Juuru_vallavalitsus, lk 18
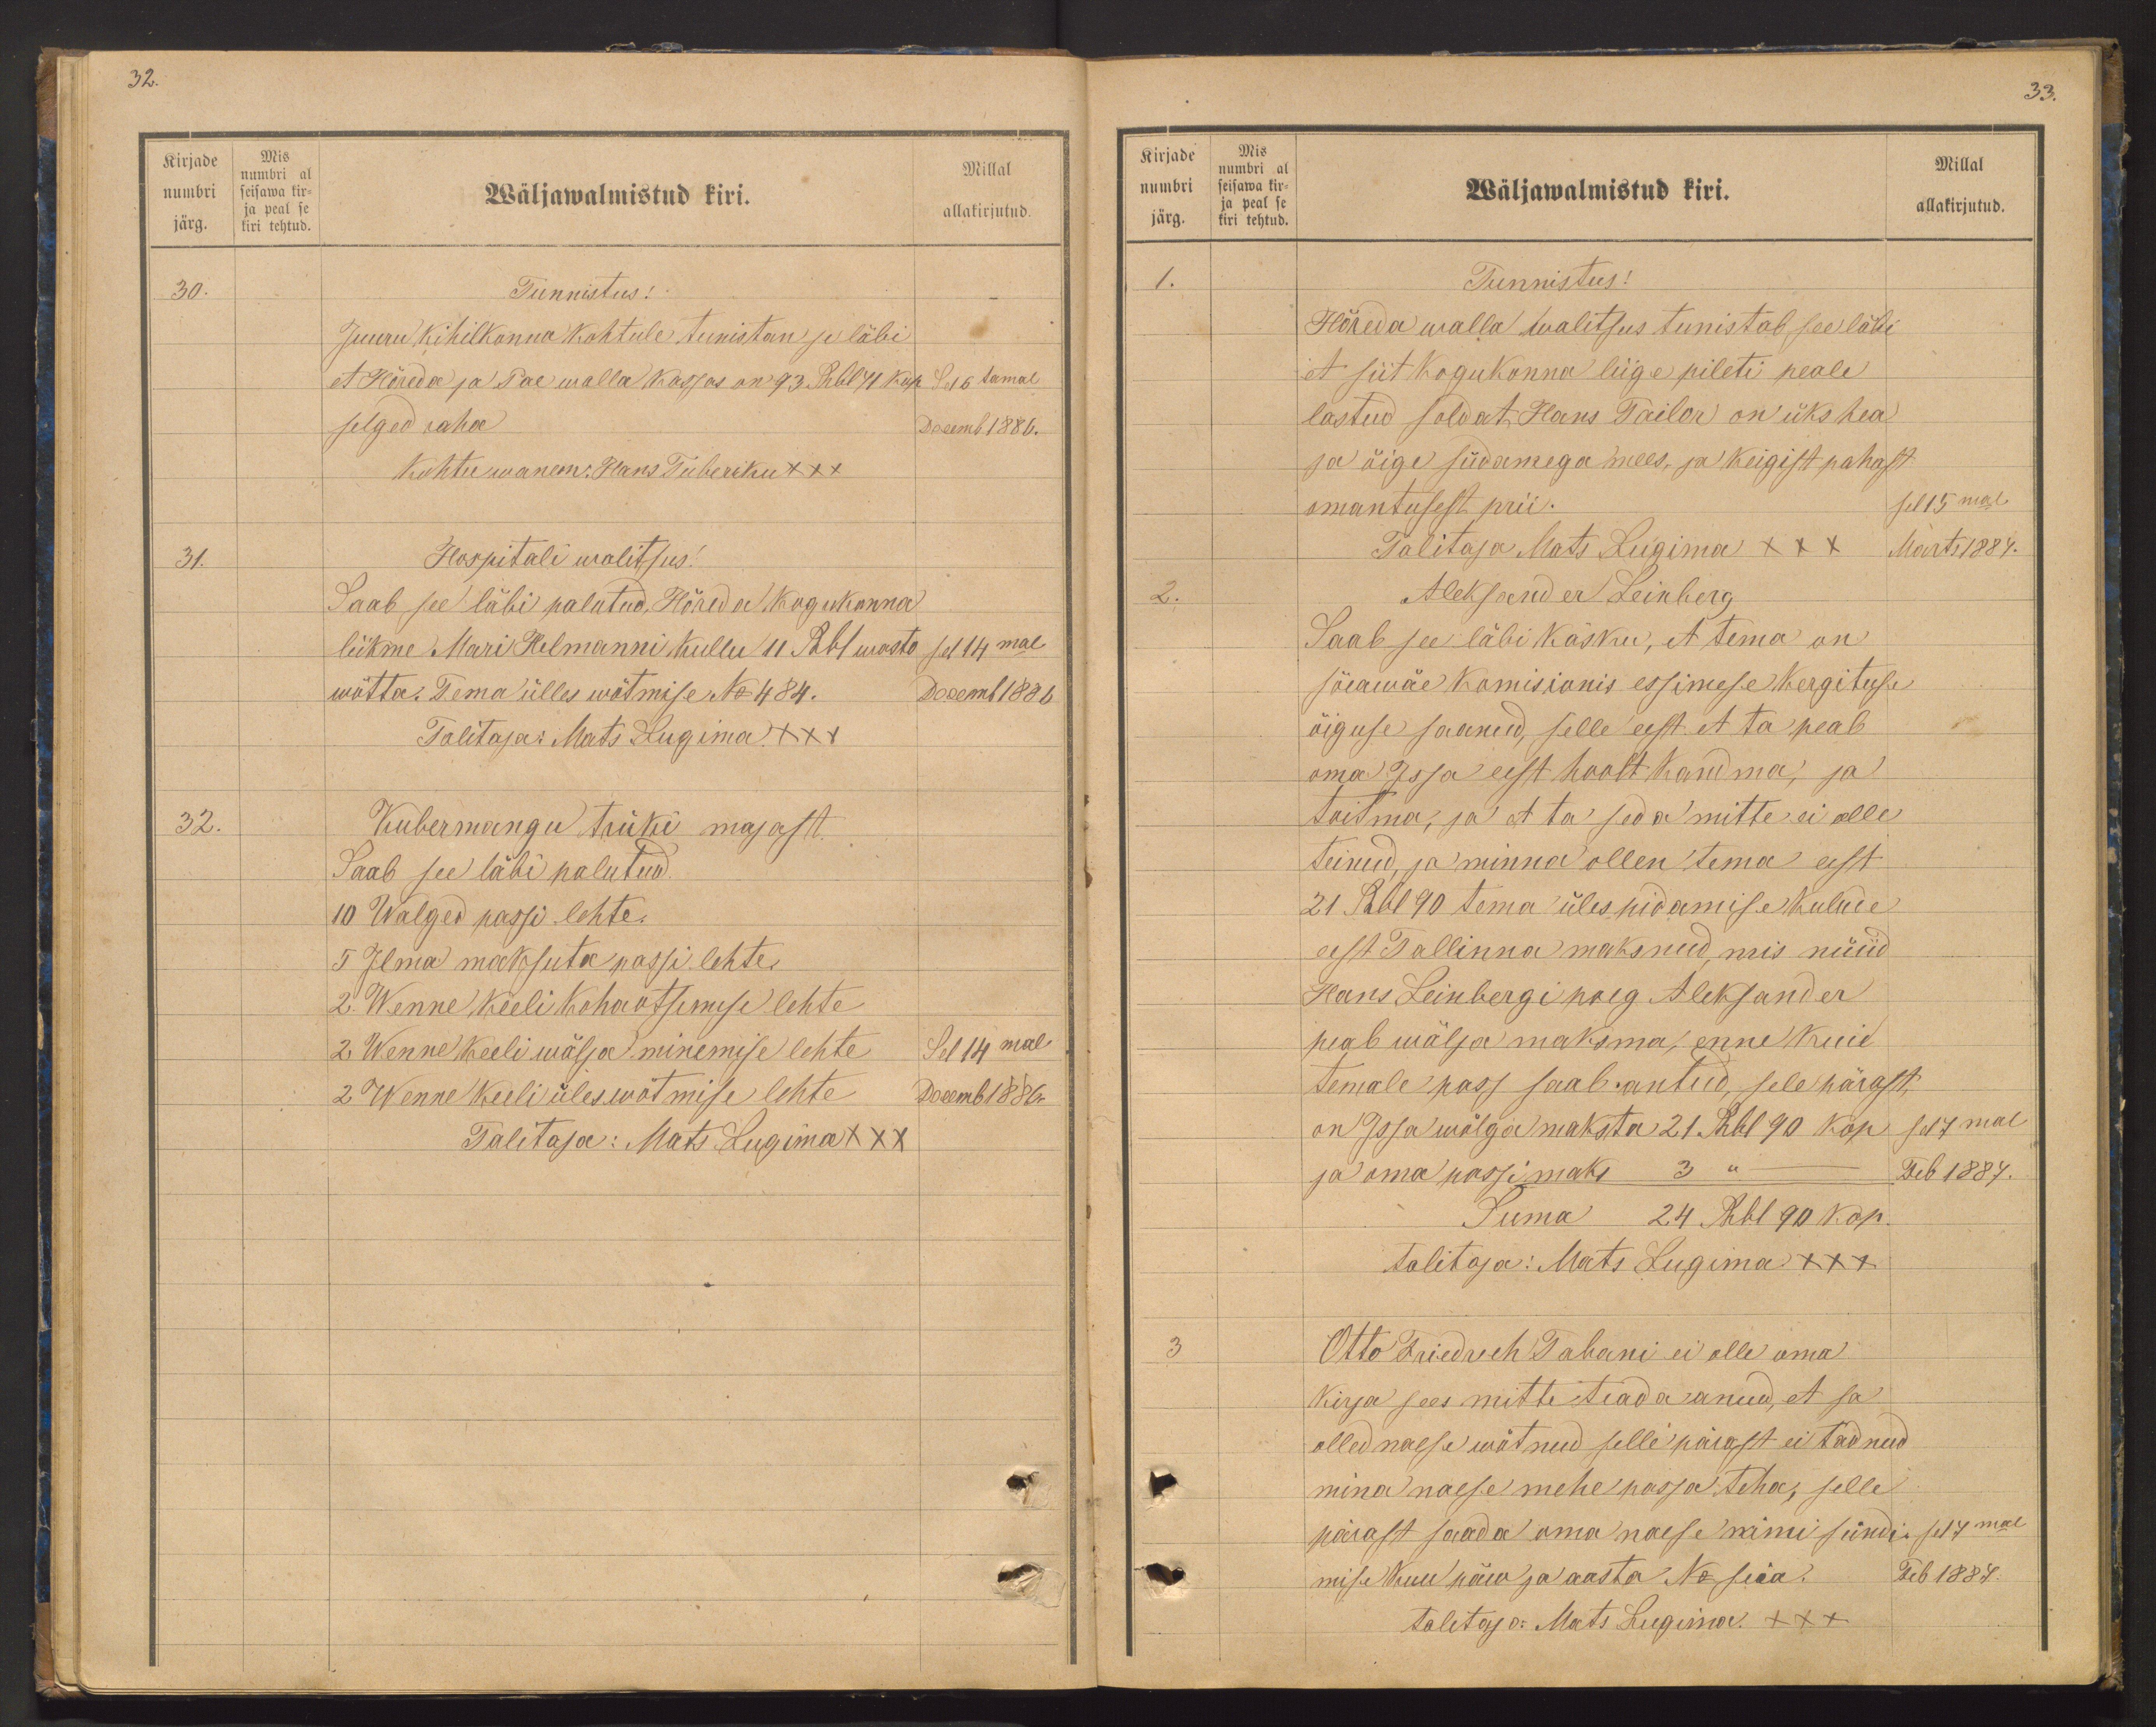
Kirjade
numbri
järg.
Mis
numbri al
seisawa kir-
ja peal se
kiri tehtud.

32.
Millal
Wäljawalmistud kiri.
allakirjutud.
30.
Tunnistus!
Juuru kihelkonna kohtule tunistan se läbi
et Hõreda ja Pae walla karjas on 93. Rbl 41 kop
Sel 16 tamal
selged raha
Decemb 1886.
Kohtuwanem: Hans Tuberiku XXX
31.
Hospitali walitsus!
Saab see läbi palutud, Hõreda kogukonna
liikme Mari Helmanni Kullu 11 Rbl wasto
sel 14mal
wõtta. Tema ülles wõtmise No 484.
Decemb 1886
Talitaja: Mats Lugima XXX
32.
Kubermangu trüki majast.
Saab see läbi palutud.
10 Walged passi lehte.
5 Ilma maksuta passi lehte
2. Wenne keeli kohaotsimise lehte
2 Wenne keeli wälja minemise lehte
Sel 14mal
2 Wenne keeli üleswötmise lehte
Decemb 1886
Talitaja: Mats Lugima XXX

Kirjade
numbri
järg.
Mis
numbri al
seisawa kir-
ja peal se
kiri tehtud.

33.

Millal
Wäljawalmistud kiri.
allakirjutud.
1.
Tunnistus!
Hõreda walla walitsus tunistab see läbi
et siit kogukonna liige pileti peale
lastud soldat Hans Tailor on üks hea
ja õige südamega mees, ja keigist pahast
omantusest prii.
sel 15mal
Talitaja Mats Lugima XXX
Marts 1884.
2.
Aleksander Leinberg
Saab see läbi käsku, et tema on
sõeawäe komisionis essimese kergituse
õiguse saanud, selle eest et ta peab
oma issa eest hoolt kandma, ja
toitma, ja et ta seda mitte ei olle
teinud ja minna ollen tema eest
21 Rbl 90 tema ülespidamise kulude
eest Tallinna maksnud, mis nüüd
Hans Leinbergi poeg Aleksander
peab wälja maksma, enne kuid
Temale pass saab antud, sele pärast,
on Issa wõlga maksta 21 Rbl 90 kop
sel 7mal
ja oma passi maks 3
Feb 1887.
Suma 24 Rbl 90 kop.
Talitaja: Mats Lugima XXX
Otto Friedrich Tabani ei olle oma
kirja sees mitte teada anud, et sa
olled naese wõtnud selle pärast ei tadnud
mina naese mehe passa teha, selle
pärast saada oma naese nimi sündi
sel 7mal
mise kuu päew ja aasta No seia.
Feb 1887.
taletaja: Mats Lugima. +++